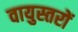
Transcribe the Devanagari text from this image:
वायुस्तरों